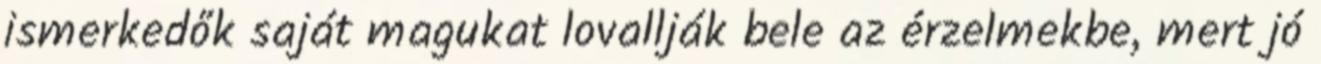
ismerkedők saját magukat lovallják bele az érzelmekbe, mert jó